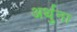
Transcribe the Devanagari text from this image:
अर्थुना